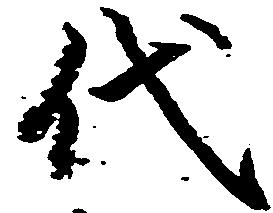
代